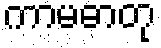
ကာမဓာတု